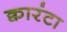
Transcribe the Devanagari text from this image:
क्वारंटा